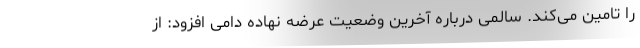
را تامین می‌کند. سالمی درباره آخرین وضعیت عرضه نهاده دامی افزود: از